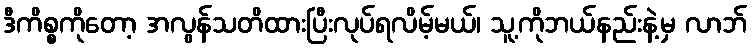
ဒီကိစ္စကိုတော့ အလွန်သတိထားပြီးလုပ်ရလိမ့်မယ်၊ သူ့ကိုဘယ်နည်းနဲ့မှ လာဘ်